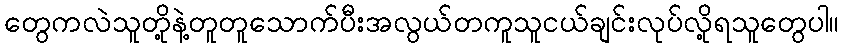
တွေကလဲသူတို့နဲ့တူတူသောက်ပီးအလွယ်တကူသူငယ်ချင်းလုပ်လို့ရသူတွေပါ။